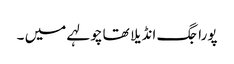
پورا جگ انڈیلا تھا چولہے میں ۔